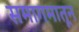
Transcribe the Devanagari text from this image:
समागमातून